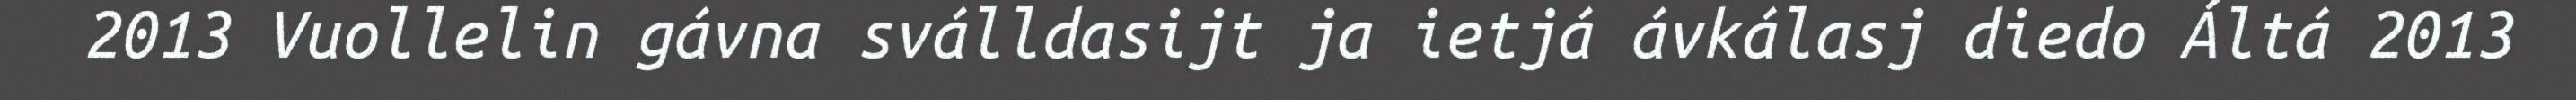
2013 Vuollelin gávna sválldasijt ja ietjá ávkálasj diedo Áltá 2013